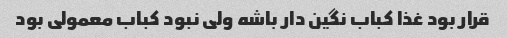
قرار بود غذا کباب نگین دار باشه ولی نبود کباب معمولی بود